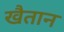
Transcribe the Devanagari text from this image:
खैतान